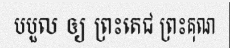
បបួល ឲ្យ ព្រះតេជ ព្រះគុណ